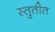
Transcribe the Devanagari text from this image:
स्तुतीत